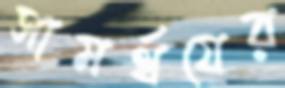
সামর্থযের